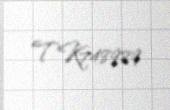
TK748989